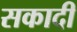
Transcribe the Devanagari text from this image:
सकादी